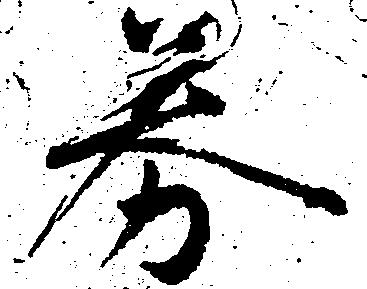
券